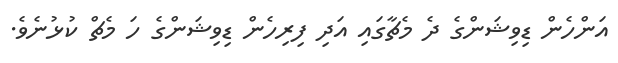
އަންހެން ޑިވިޝަންގެ ދެ މެޗާގައި އަދި ފިރިހެން ޑިވިޝަންގެ ހަ މެޗް ކުޅުނެވެ.